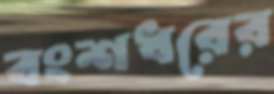
বংশধরের